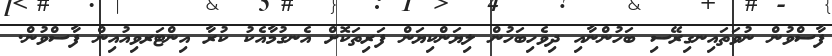
ފާސްވުން ނުވަތައިނގިރޭސި ބަހުންނާއި ދިވެހިބަހުން ލިޔަންކިޔަން ފަރިތަކޮށް އެނގުމާއެކު ކުރާ އިންޓަރވިއުއިން ފާސްވުން.